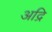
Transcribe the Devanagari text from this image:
अद्रि